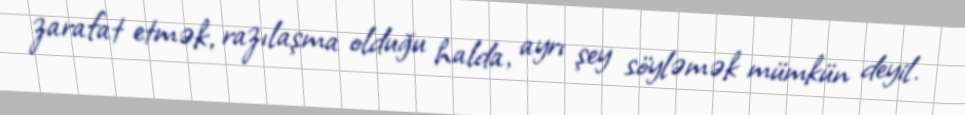
zarafat etmək, razılaşma olduğu halda, ayrı şey söyləmək mümkün deyil.